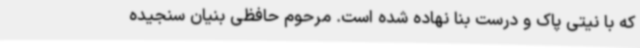
که با نیتی پاک و درست بنا نهاده شده است. مرحوم حافظی بنیان سنجیده